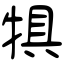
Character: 犋